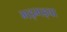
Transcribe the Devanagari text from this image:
भड़भड़वा